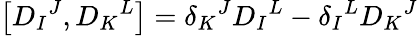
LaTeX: \left[D_{I}{}^{J},D_{K}{}^{L}\right]=\delta_{K}{}^{J}D_{I}{}^{L}-\delta_{I}{}^{L}D_{K}{}^{J}